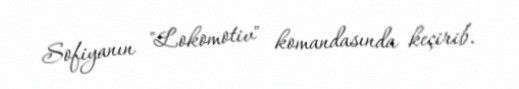
Sofiyanın "Lokomotiv" komandasında keçirib.